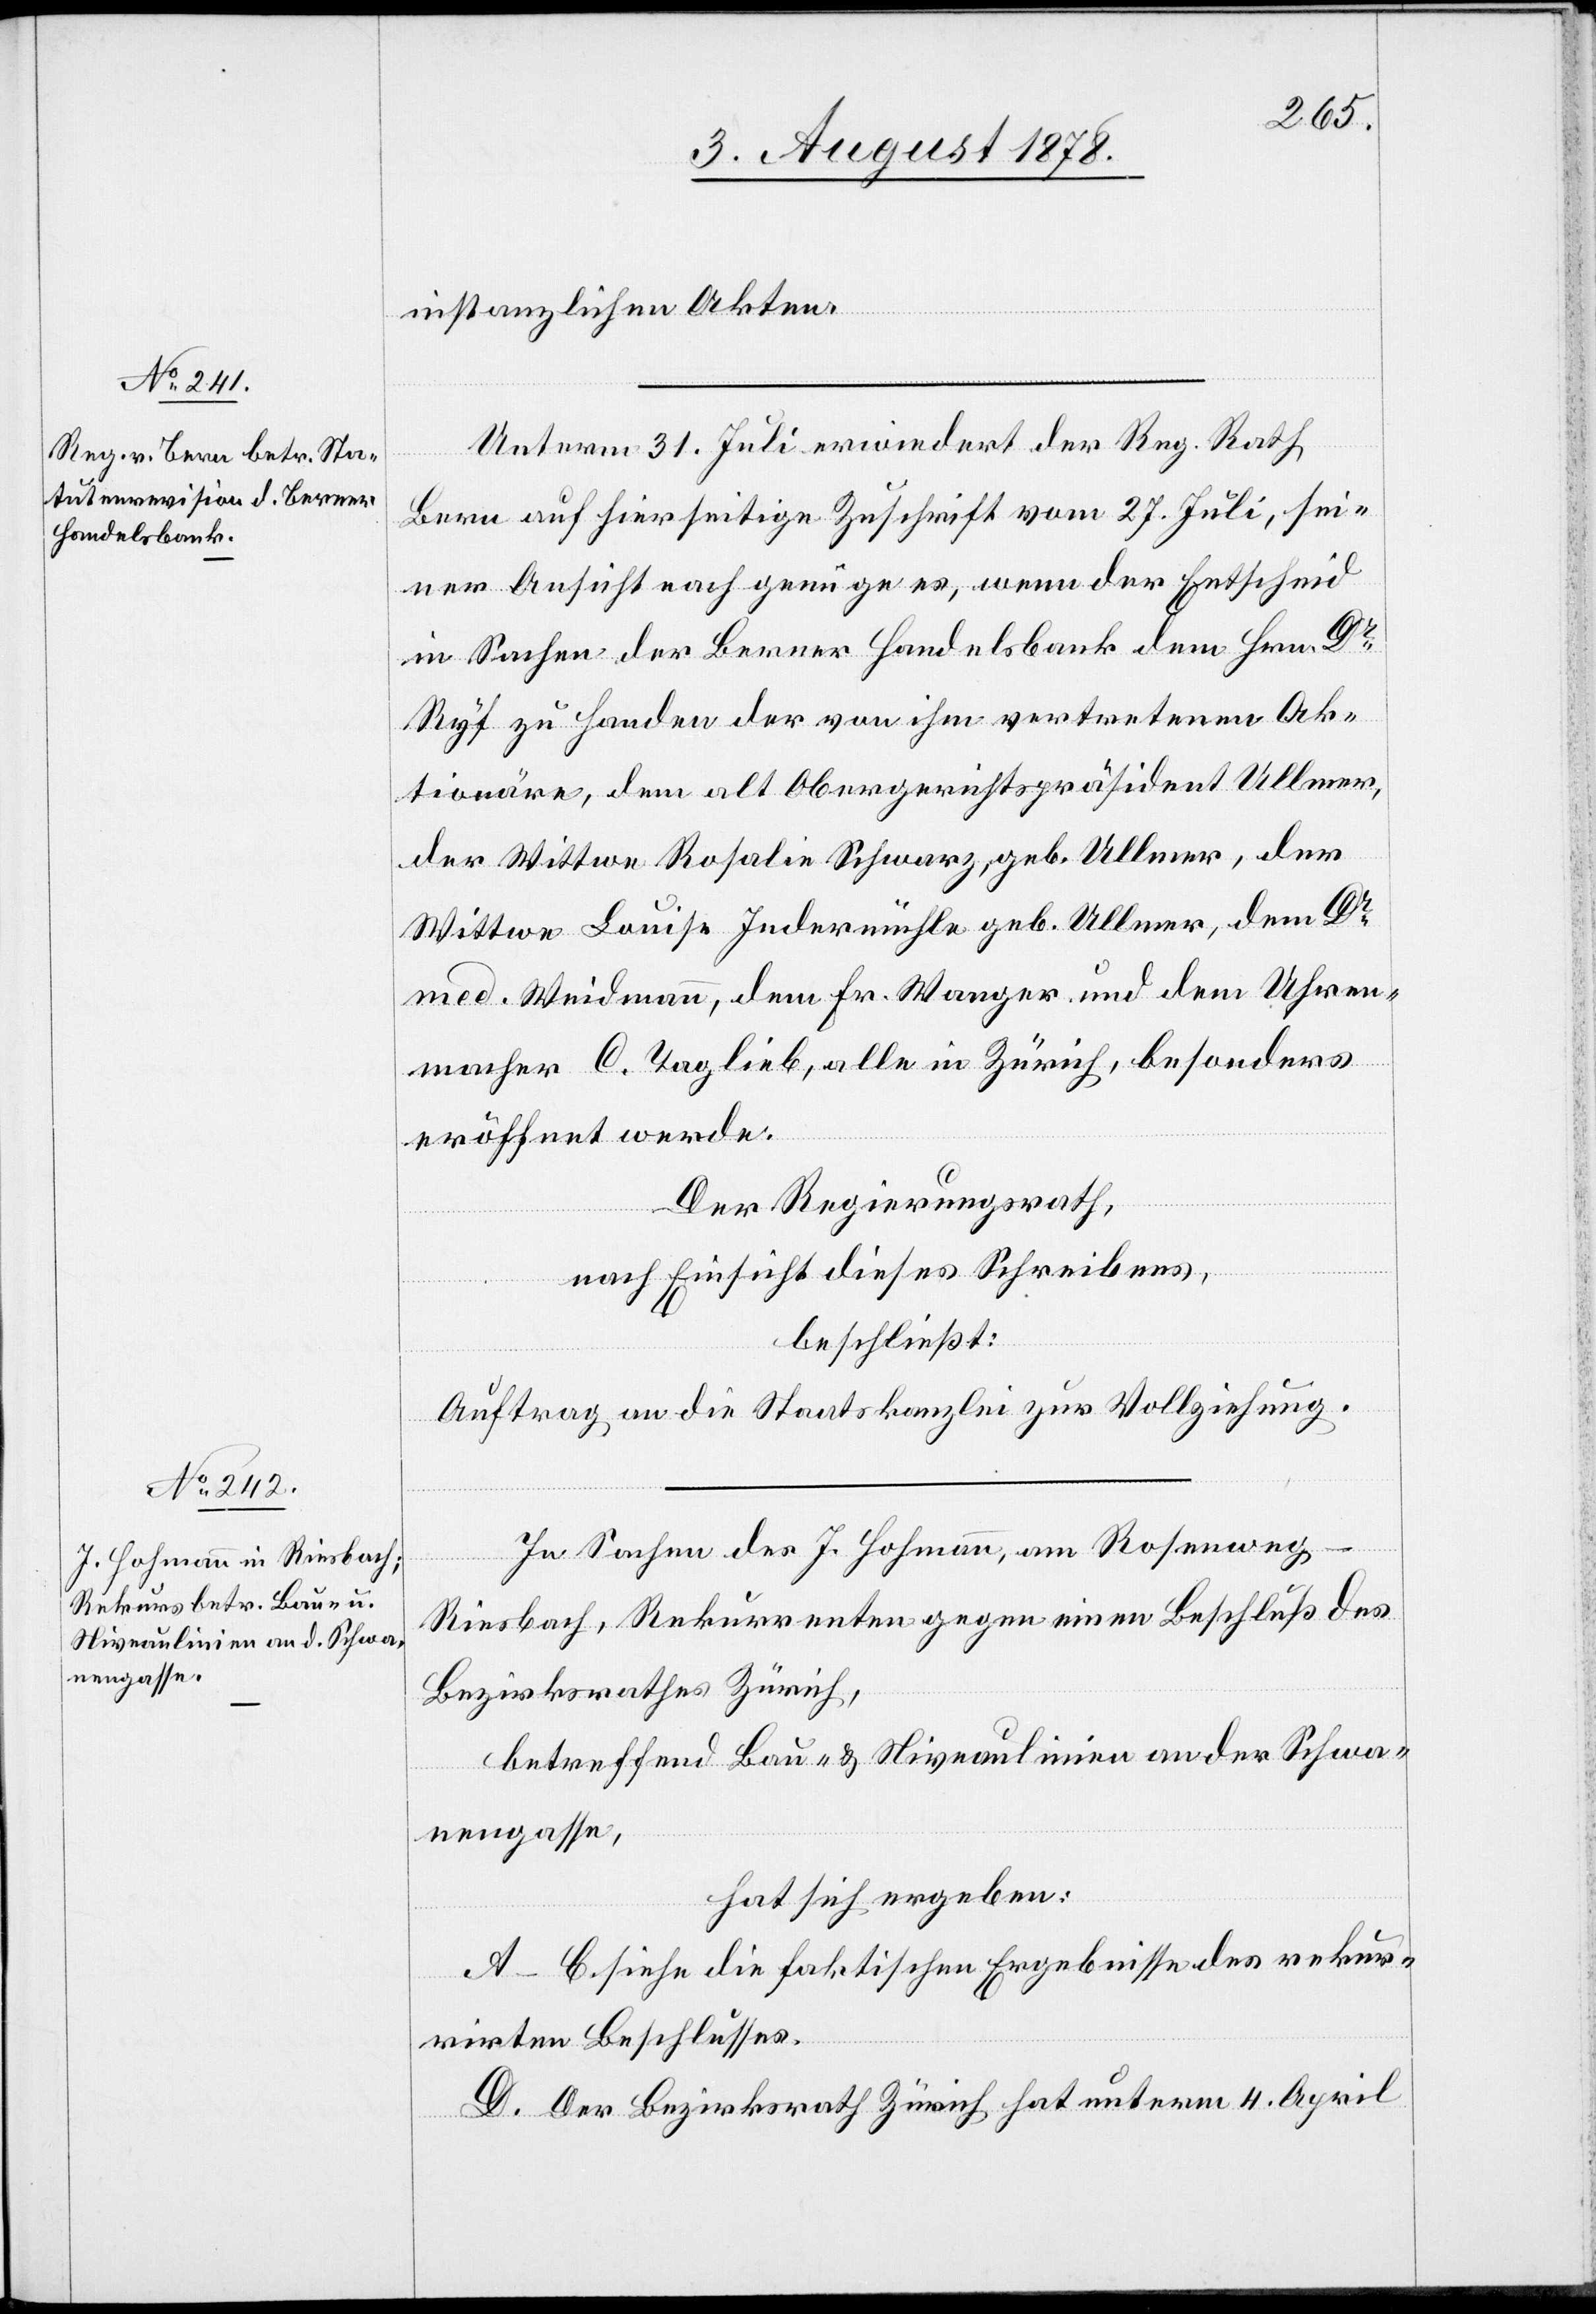
instanzlichen Akten.
Unterm 31. Juli erwiedert der Reg. Rath
Bern auf hierseitige Zuschrift vom 27. Juli, sei¬
ner Ansicht nach genüge es, wenn der Entscheid
in Sachen der Berner Handelsbank dem Hrn. Dr
Ryf zu Handen der von ihm vertretenen Ak¬
tionäre, dem alt Obergerichtspräsident Ullmer,
der Wittwe Rosalie Schwarz, geb.Ullmer, der
Wittwe Louise Indermühle geb. Ullmer, dem Dr
med. Weidmann, dem Fr. Wanger und dem Uhren¬
macher C. Taglieb, alle in Zürich, besonders
eröffnet werde.
Der Regierungsrath,
nach Einsicht dieses Schreibens,
beschließt:
Auftrag an die Staatskanzlei zur Vollziehung.
In Sachen des J. Hohmann, am Rosenweg
Riesbach, Rekurrenten gegen einen Beschluß des
Bezirksrathes Zürich,
betreffend Bau- & Niveaulinien an der Schwa¬
nengasse,
hat sich ergeben:
A–C. Siehe die faktischen Ergebnisse des rekur¬
rirten Beschlusses.
D. Der Bezirksrath Zürich hat unterm 4. April